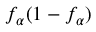
f _ { \alpha } ( 1 - f _ { \alpha } )